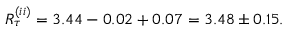
R _ { \tau } ^ { ( i i ) } = 3 . 4 4 - 0 . 0 2 + 0 . 0 7 = 3 . 4 8 \pm 0 . 1 5 .